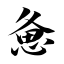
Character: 惫